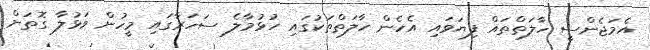
އެމަޖެންސީ ހާލަތްތައް ފިޔަވައި އެހެން ހާލަތްތަކުގައި ހުޅުމާލެ ސަހަރާގައި މީހުން ވަޅުލާ ގޮތަށް